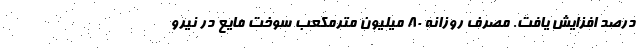
درصد افزایش یافت. مصرف روزانه 80 میلیون مترمکعب سوخت مایع در نیرو